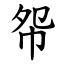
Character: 㠾